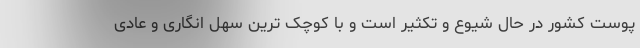
پوست کشور در حال شیوع و تکثیر است و با کوچک ترین سهل انگاری و عادی